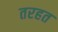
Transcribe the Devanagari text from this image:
तरहत